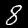
Digit: 8